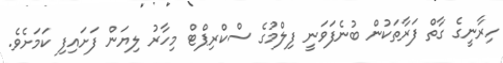
ހިރާނީގެ ގާތް ފަރާތަކުން ބުނެފަވަނީ ފިލްމުގެ ސްކްރިޕްޓް މިހާރު ލިޔަން ފަށައިފި ކަމަށެވެ.